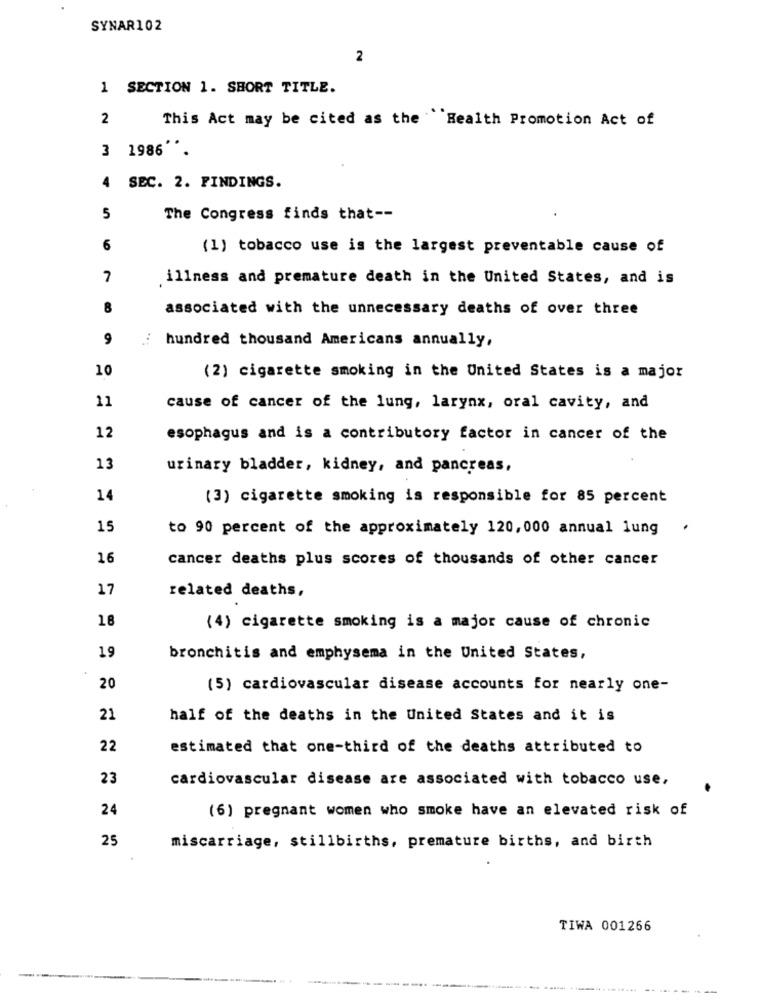
SYNAR102
2
1 SECTION 1. SHORT TITLE.
2
This Act may be cited as the Health Promotion Act of
3 1986
4
SEC. 2. FINDINGS.
5
The Congress finds that --
6
(1) tobacco use is the largest preventable cause of
7
illness and premature death in the United States, and is
8
associated with the unnecessary deaths of over three
9
hundred thousand Americans annually,
10
(2) cigarette smoking in the United States is a major
11
cause of cancer of the lung, larynx, oral cavity, and
12
esophagus and is a contributory factor in cancer of the
13
urinary bladder, kidney, and pancreas,
14
(3) cigarette smoking is responsible for 85 percent
15
to 90 percent of the approximately 120,000 annual lung
.
16
cancer deaths plus scores of thousands of other cancer
17
related deaths,
18
(4) cigarette smoking is a major cause of chronic
19
bronchitis and emphysema in the United States,
20
(5) cardiovascular disease accounts for nearly one-
21
half of the deaths in the United States and it is
22
estimated that one-third of the deaths attributed to
23
cardiovascular disease are associated with tobacco use,
24
(6) pregnant women who smoke have an elevated risk of
25
miscarriage, stillbirths, premature births, and birth
TIWA 001266